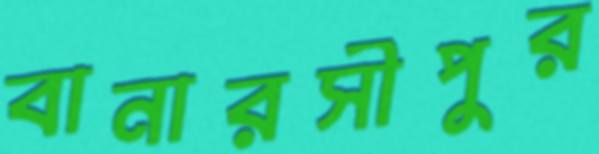
বানারসীপুর